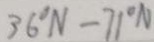
3 6 ^ { \circ } N - 7 1 ^ { \circ } N